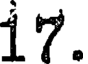
17.